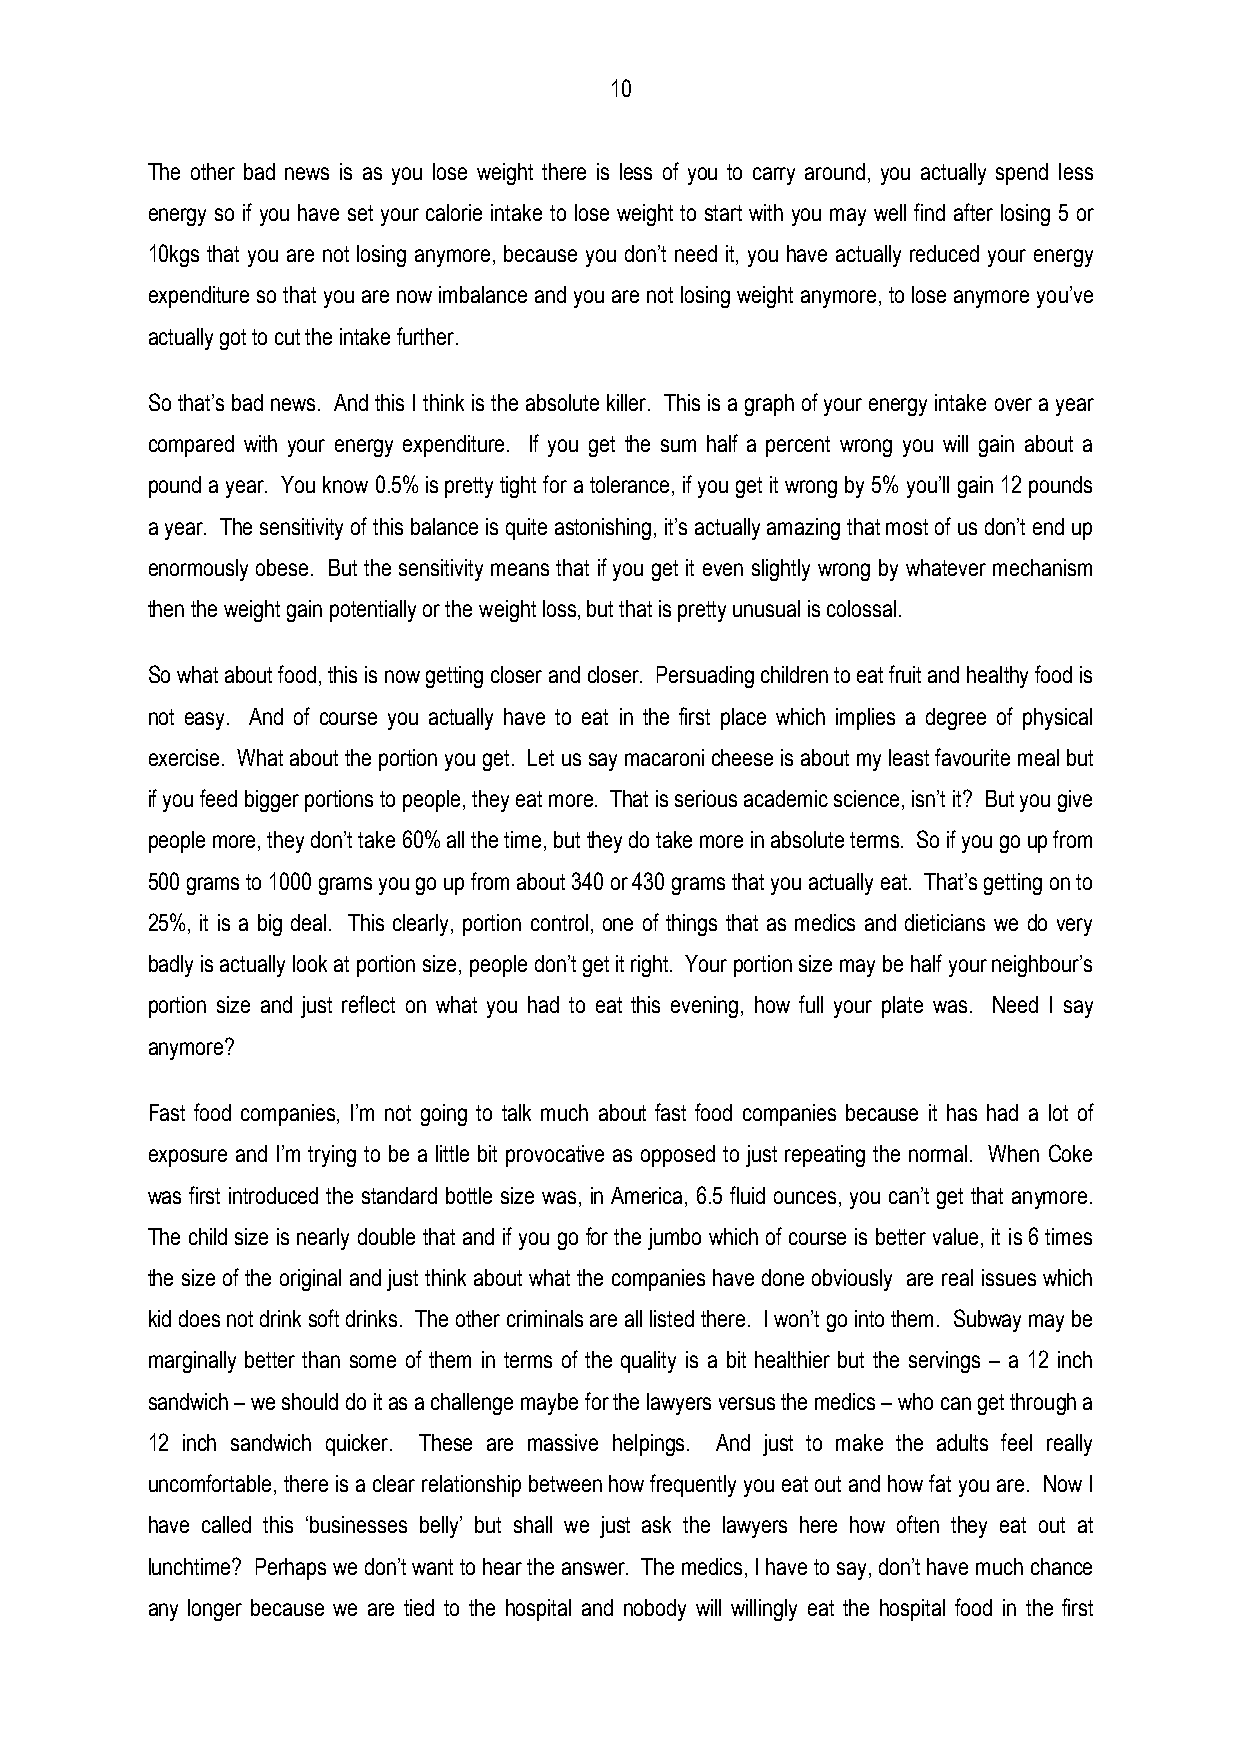
10
 The other bad news is as you lose weight there is less of you to carry around, you actually spend less
 energy so if you have set your calorie intake to lose weight to start with you may well find after losing 5 or
 10kgs that you are not losing anymore, because you don’t need it, you have actually reduced your energy
 expenditure so that you are now imbalance and you are not losing weight anymore, to lose anymore you’ve
 actually got to cut the intake further.
 So that’s bad news. And this I think is the absolute killer. This is a graph of your energy intake over a year
 compared with your energy expenditure. If you get the sum half a percent wrong you will gain about a
 pound a year. You know 0.5% is pretty tight for a tolerance, if you get it wrong by 5% you’ll gain 12 pounds
 a year. The sensitivity of this balance is quite astonishing, it’s actually amazing that most of us don’t end up
 enormously obese. But the sensitivity means that if you get it even slightly wrong by whatever mechanism
 then the weight gain potentially or the weight loss, but that is pretty unusual is colossal.
 So what about food, this is now getting closer and closer. Persuading children to eat fruit and healthy food is
 not easy. And of course you actually have to eat in the first place which implies a degree of physical
 exercise. What about the portion you get. Let us say macaroni cheese is about my least favourite meal but
 if you feed bigger portions to people, they eat more. That is serious academic science, isn’t it? But you give
 people more, they don’t take 60% all the time, but they do take more in absolute terms. So if you go up from
 500 grams to 1000 grams you go up from about 340 or 430 grams that you actually eat. That’s getting on to
 25%, it is a big deal. This clearly, portion control, one of things that as medics and dieticians we do very
 badly is actually look at portion size, people don’t get it right. Your portion size may be half your neighbour’s
 portion size and just reflect on what you had to eat this evening, how full your plate was. Need I say
 anymore?
 Fast food companies, I’m not going to talk much about fast food companies because it has had a lot of
 exposure and I’m trying to be a little bit provocative as opposed to just repeating the normal. When Coke
 was first introduced the standard bottle size was, in America, 6.5 fluid ounces, you can’t get that anymore.
 The child size is nearly double that and if you go for the jumbo which of course is better value, it is 6 times
 the size of the original and just think about what the companies have done obviously are real issues which
 kid does not drink soft drinks. The other criminals are all listed there. I won’t go into them. Subway may be
 marginally better than some of them in terms of the quality is a bit healthier but the servings – a 12 inch
 sandwich – we should do it as a challenge maybe for the lawyers versus the medics – who can get through a
 12 inch sandwich quicker. These are massive helpings. And just to make the adults feel really
 uncomfortable, there is a clear relationship between how frequently you eat out and how fat you are. Now I
 have called this ‘businesses belly’ but shall we just ask the lawyers here how often they eat out at
 lunchtime? Perhaps we don’t want to hear the answer. The medics, I have to say, don’t have much chance
 any longer because we are tied to the hospital and nobody will willingly eat the hospital food in the first